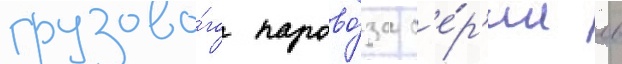
грузово́го парово́за с'е́р'ии лв